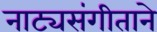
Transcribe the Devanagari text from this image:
नाट्यसंगीताने